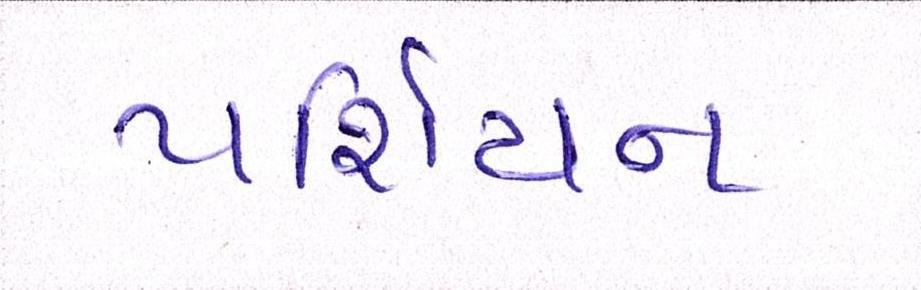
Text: પર્શિયન